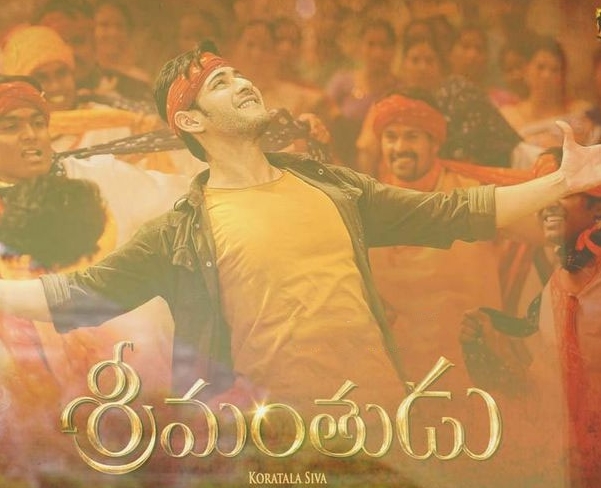
Language: telugu
Transcription: శ్రీమంతుడు